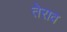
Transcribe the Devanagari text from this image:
तेराव